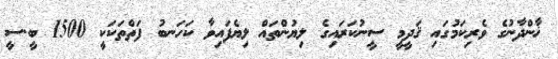
ޚާންދާނުގެ ވެރިކަމުގައި ޤަދީމީ ސީނުކަރައިގެ ލިޔުންތައް ލިޔެފައިވާ ކަހަނބު ފަތްތަކަކީ 1500 ބީ.ސީ